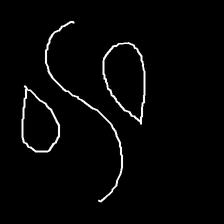
Glyph: water